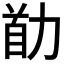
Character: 𠡼